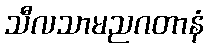
သီလသာမညဂတာနံ